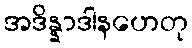
အဒိန္နာဒါနဟေတု